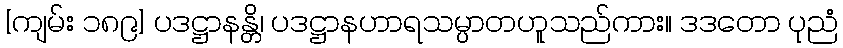
[ကျမ်း ၁၈၉] ပဒဋ္ဌာနန္တိ၊ ပဒဋ္ဌာနဟာရသမ္ပာတဟူသည်ကား။ ဒဒတော ပုညံ